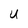
Character: U